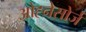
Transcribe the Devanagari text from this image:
ओह्नेसोर्ज